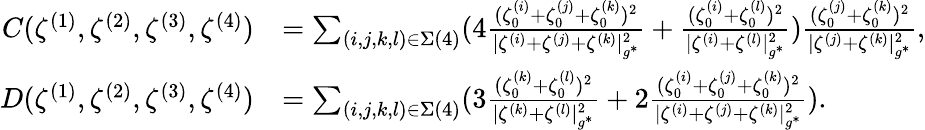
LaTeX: \begin{array}{rl}{C(\zeta^{(1)},\zeta^{(2)},\zeta^{(3)},\zeta^{(4)})}&{=\sum_{(i,j,k,l)\in\Sigma(4)}(4\frac{(\zeta_{0}^{(i)}+\zeta_{0}^{(j)}+\zeta_{0}^{(k)})^{2}}{|{\zeta^{(i)}}+{\zeta^{(j)}}+{\zeta^{(k)}}|_{g^{*}}^{2}}+\frac{(\zeta_{0}^{(i)}+\zeta_{0}^{(l)})^{2}}{|{\zeta^{(i)}}+{\zeta^{(l)}}|_{g^{*}}^{2}})\frac{(\zeta_{0}^{(j)}+\zeta_{0}^{(k)})^{2}}{|\zeta^{(j)}+\zeta^{(k)}|_{g^{*}}^{2}},}\\ {D(\zeta^{(1)},\zeta^{(2)},\zeta^{(3)},\zeta^{(4)})}&{=\sum_{(i,j,k,l)\in\Sigma(4)}(3\frac{(\zeta_{0}^{(k)}+\zeta_{0}^{(l)})^{2}}{|{\zeta^{(k)}}+{\zeta^{(l)}}|_{g^{*}}^{2}}+2\frac{(\zeta_{0}^{(i)}+\zeta_{0}^{(j)}+\zeta_{0}^{(k)})^{2}}{|{\zeta^{(i)}}+{\zeta^{(j)}}+{\zeta^{(k)}}|_{g^{*}}^{2}}).}\end{array}